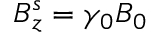
B _ { z } ^ { s } = \gamma _ { 0 } B _ { 0 }